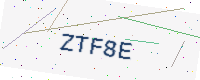
Text: ZTF8E